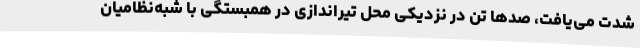
شدت می‌یافت، صدها تن در نزدیکی محل تیراندازی در همبستگی با شبه‌نظامیان